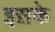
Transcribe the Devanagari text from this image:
इस़के